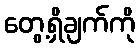
တွေ့ရှိချက်ကို